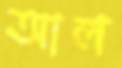
আল